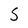
Character: S